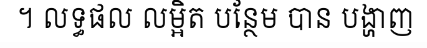
។ លទ្ធផល លម្អិត បន្ថែម បាន បង្ហាញ